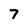
Character: 7